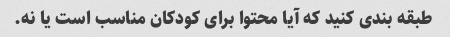
طبقه بندی کنید که آیا محتوا برای کودکان مناسب است یا نه.